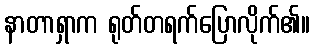
နာတာရှာက ရုတ်တရက်ပြောလိုက်၏။